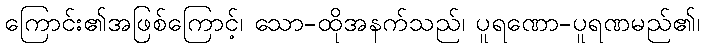
ကြောင်း၏အဖြစ်ကြောင့်၊ သော-ထိုအနက်သည်၊ ပူရဏော-ပူရဏမည်၏၊